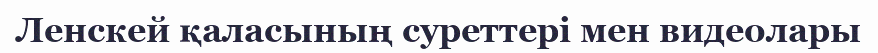
Ленскей қаласының суреттері мен видеолары